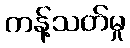
ကန့်သတ်မှု